Elephants and their diseases
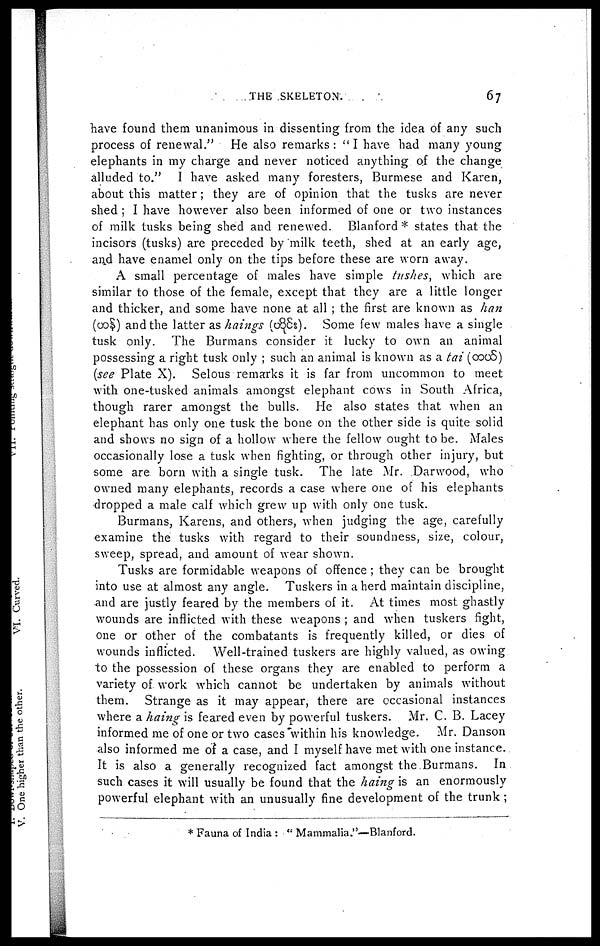
THE SKELETON.
67
have found them unanimous in dissenting from the idea of any such
process of renewal." He also remarks : " I have had many young
elephants in my charge and never noticed anything of the change
alluded to." I have asked many foresters, Burmese and Karen,
about this matter; they are of opinion that the tusks are never
shed ; I have however also been informed of one or two instances
of milk tusks being shed and renewed. Blanford * states that the
incisors (tusks) are preceded by milk teeth, shed at an early age,
and have enamel only on the tips before these are worn away.
A small percentage of males have simple tushes, which are
similar to those of the female, except that they are a little longer
and thicker, and some have none at all ; the first are known as han
( ) and the latter as haings (
). Some few males have a single
tusk only. The Burmans consider it lucky to own an animal
possessing a right tusk only ; such an animal is known as a tai (
)
(see Plate X). Selous remarks it is far from uncommon to meet
with one-tusked animals amongst elephant cows in South Africa,
though rarer amongst the bulls. He also states that when an
elephant has only one tusk the bone on the other side is quite solid
and shows no sign of a hollow where the fellow ought to be. Males
occasionally lose a tusk when fighting, or through other injury, but
some are born with a single tusk. The late Mr. Darwood, who
owned many elephants, records a case where one of his elephants
dropped a male calf which grew up with only one tusk.
Burmans, Karens, and others, when judging the age, carefully
examine the tusks with regard to their soundness, size, colour,
sweep, spread, and amount of wear shown.
Tusks are formidable weapons of offence ; they can be brought
into use at almost any angle. Tuskers in a herd maintain discipline,
and are justly feared by the members of it. At times most ghastly
wounds are inflicted with these weapons ; and when tuskers fight,
one or other of the combatants is frequently killed, or dies of
wounds inflicted. Well-trained tuskers are highly valued, as owing
to the possession of these organs they are enabled to perform a
variety of work which cannot be undertaken by animals without
them. Strange as it may appear, there are occasional instances
where a haing is feared even by powerful tuskers. Mr. C. B. Lacey
informed me of one or two cases within his knowledge. Mr. Danson
also informed me of a case, and I myself have met with one instance.
It is also a generally recognized fact amongst the Burmans. In
such cases it will usually be found that the haing is an enormously
powerful elephant with an unusually fine development of the trunk;
* Fauna of India : " Mammalia."—Blanford.